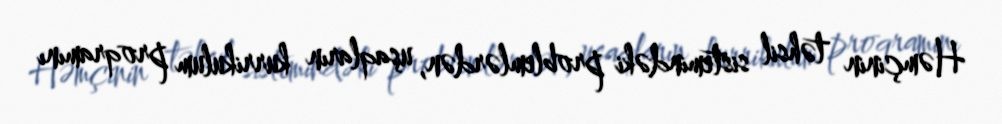
Həmçinin təhsil sistemindəki problemlərdən, uşaqların kurrikulum proqramını